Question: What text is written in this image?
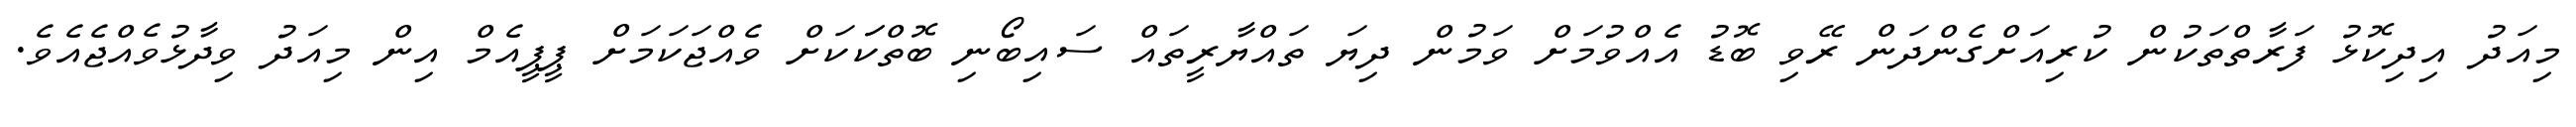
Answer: މިއަދު އިދިކޮޅު ފަރާތްތަކުން ކުރިއަށްގެންދަން ރޭވި ބޮޑު އެއްވުމަށް ވަމުން ދިޔަ ތައްޔާރީތައް ސައިބޯނި ބޮތްކަަކަށް ވެއްޖަކަމަށް ޕީޕީއެމް އިން މިއަދު ވިދާޅުވެއްޖެއެވެ.